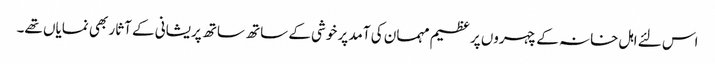
اس لئے اہل خانہ کے چہروں پر عظیم مہمان کی آمد پر خوشی کے ساتھ ساتھ پریشانی کے آثار بھی نمایاں تھے۔